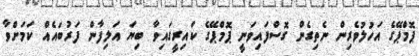
ޕޮމްޕޭގެ އަހުލުވެރިން ނެތިގެން ގޮސްފައިވަނީ ޕޮމްޕޭގެ ކައިރީގައިވާ ބިޔަ އަލިފާން ފަރުބައެއް ކަމަށްވާ